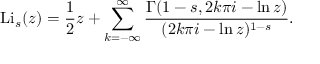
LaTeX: \operatorname { L i } _ { s } ( z ) = { \frac { 1 } { 2 } } z + \sum _ { k = - \infty } ^ { \infty } { \frac { \Gamma ( 1 - s , 2 k \pi i - \ln z ) } { ( 2 k \pi i - \ln z ) ^ { 1 - s } } } .